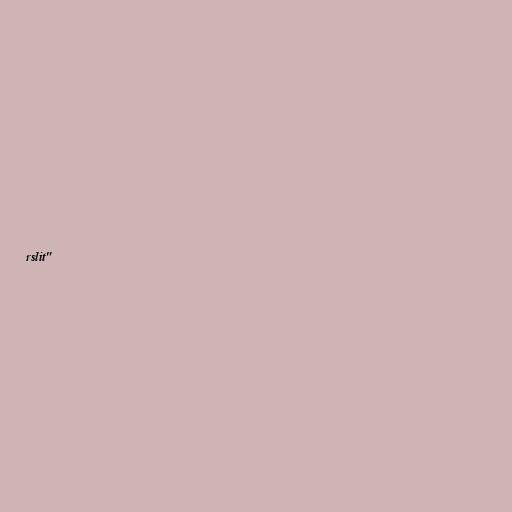
rslit"